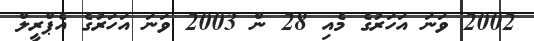
2002 ވަނަ އަހަރުގެ މެއި 28 ން 2003 ވަނަ އަހަރުގެ އެޕްރީލް